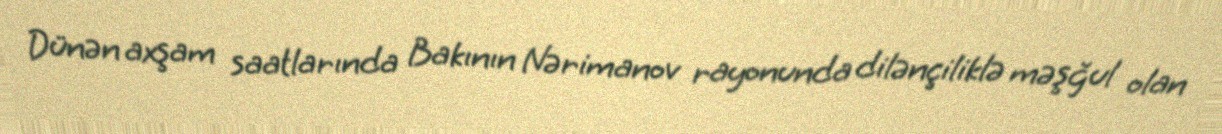
Dünən axşam saatlarında Bakının Nərimanov rayonunda dilənçiliklə məşğul olan